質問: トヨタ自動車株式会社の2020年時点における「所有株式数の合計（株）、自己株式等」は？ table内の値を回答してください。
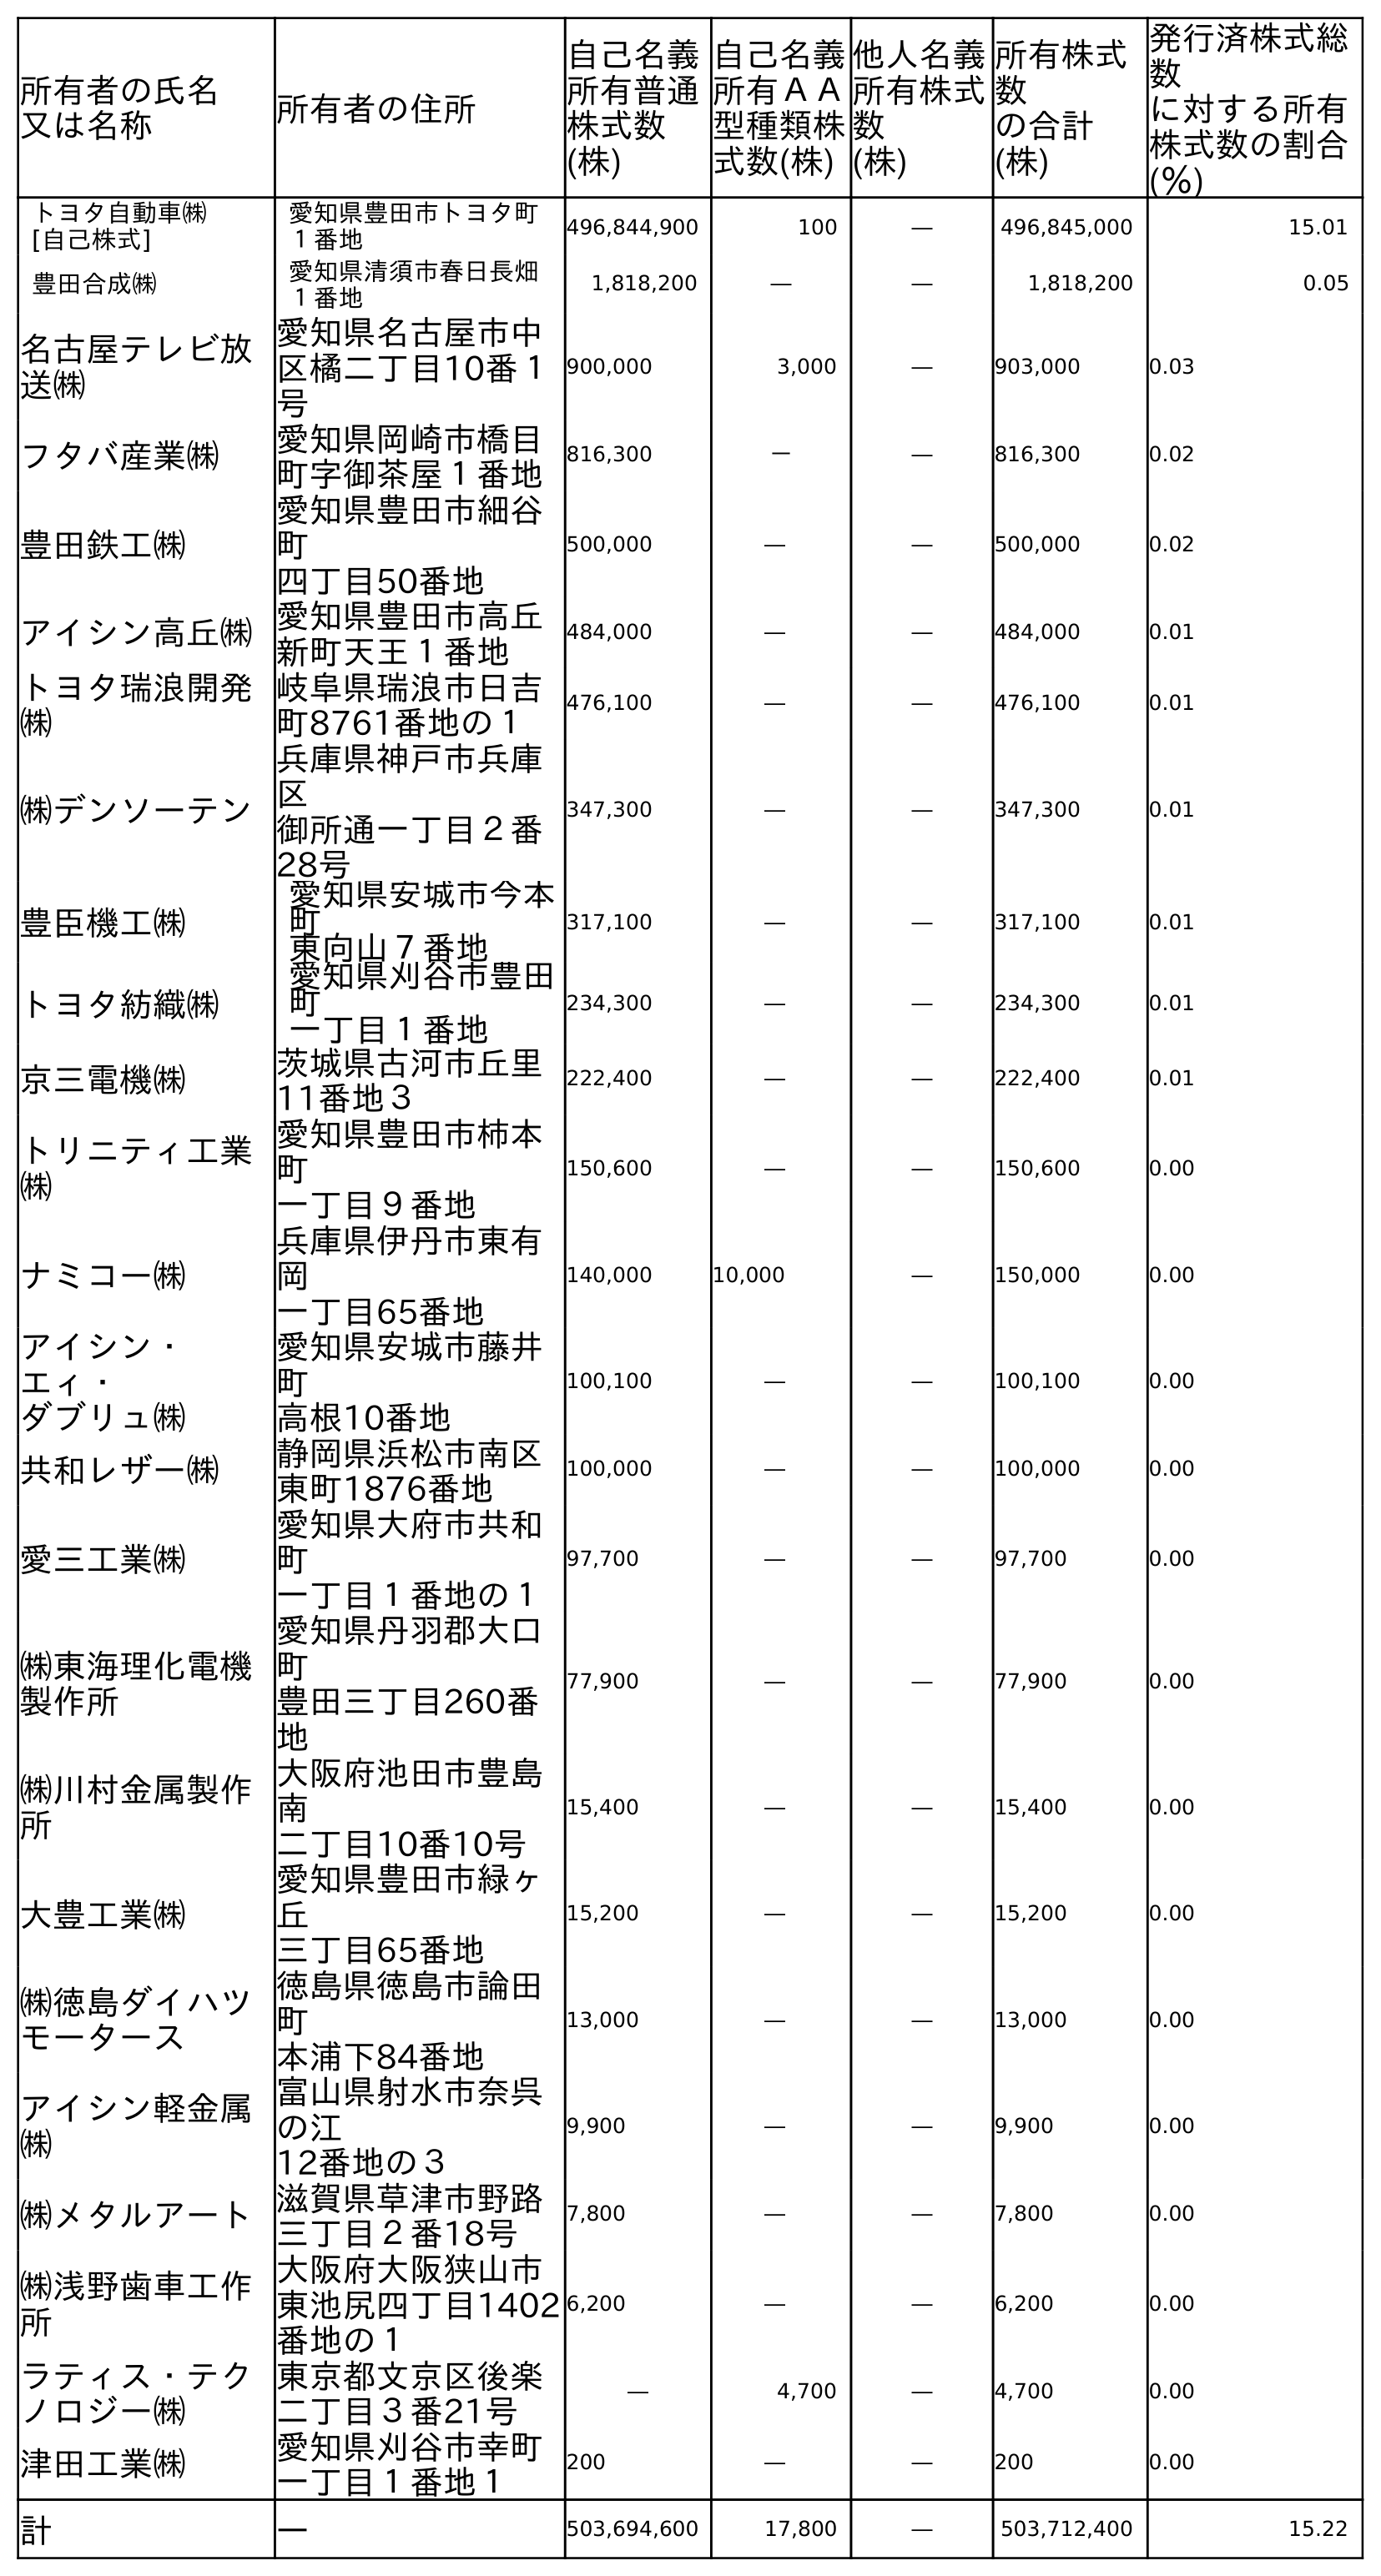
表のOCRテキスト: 所有者の氏名 又は名称 所有者の住所 自己名義 所有普通 株式数 (株) 自己名義 所有ＡＡ 型種類株 式数(株) 他人名義 所有株式 数 (株) 所有株式 数 の合計 (株) 発行済株式総 数 に対する所有 株式数の割合 (％) トヨタ自動車㈱ [自己株式] 愛知県豊田市トヨタ町 １番地 496,844,900 100 ― 496,845,000 15.01 豊田合成㈱ 愛知県清須市春日長畑 １番地 1,818,200 ― ― 1,818,200 0.05 名古屋テレビ放 送㈱ 愛知県名古屋市中 区橘二丁目10番１ 号 900,000 3,000 ― 903,000 0.03 フタバ産業㈱ 愛知県岡崎市橋目 町字御茶屋１番地 816,300 ― ― 816,300 0.02 豊田鉄工㈱ 愛知県豊田市細谷 町 四丁目50番地 500,000 ― ― 500,000 0.02 アイシン高丘㈱愛知県豊田市高丘 新町天王１番地 484,000 ― ― 484,000 0.01 トヨタ瑞浪開発 ㈱ 岐阜県瑞浪市日吉 町8761番地の１ 476,100 ― ― 476,100 0.01 ㈱デンソーテン 兵庫県神戶市兵庫 区 御所通一丁目２番 28号 347,300 ― ― 347,300 0.01 豊臣機工㈱ 愛知県安城市今本 町 東向山７番地 317,100 ― ― 317,100 0.01 トヨタ紡織㈱ 愛知県刈谷市豊田 町 一丁目１番地 234,300 ― ― 234,300 0.01 京三電機㈱ 茨城県古河市丘里 11番地３ 222,400 ― ― 222,400 0.01 トリニティ工業 ㈱ 愛知県豊田市柿本 町 一丁目９番地 150,600 ― ― 150,600 0.00 ナミコー㈱ 兵庫県伊丹市東有 岡 一丁目65番地 140,000 10,000 ― 150,000 0.00 アイシン・ エィ・ ダブリュ㈱ 愛知県安城市藤井 町 高根10番地 100,100 ― ― 100,100 0.00 共和レザー㈱ 静岡県浜松市南区 東町1876番地 100,000 ― ― 100,000 0.00 愛三工業㈱ 愛知県大府市共和 町 一丁目１番地の１ 97,700 ― ― 97,700 0.00 ㈱東海理化電機 製作所 愛知県丹羽郡大口 町 豊田三丁目260番 地 77,900 ― ― 77,900 0.00 ㈱川村金属製作 所 大阪府池田市豊島 南 二丁目10番10号 15,400 ― ― 15,400 0.00 大豊工業㈱ 愛知県豊田市緑ヶ 丘 三丁目65番地 15,200 ― ― 15,200 0.00 ㈱徳島ダイハツ モータース 徳島県徳島市論田 町 本浦下84番地 13,000 ― ― 13,000 0.00 アイシン軽金属 ㈱ 富山県射水市奈呉 の江 12番地の３ 9,900 ― ― 9,900 0.00 ㈱メタルアート滋賀県草津市野路 三丁目２番18号 7,800 ― ― 7,800 0.00 ㈱浅野歯車工作 所 大阪府大阪狭山市 東池尻四丁目1402 番地の１ 6,200 ― ― 6,200 0.00 ラティス・テク ノロジー㈱ 東京都文京区後楽 二丁目３番21号 ― 4,700 ― 4,700 0.00 津田工業㈱ 愛知県刈谷市幸町 一丁目１番地１ 200 ― ― 200 0.00 計 ― 503,694,600 17,800 ― 503,712,400 15.22
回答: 503,712,400